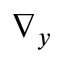
\nabla _ { y }